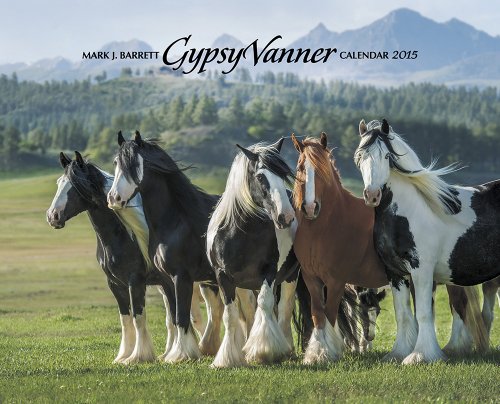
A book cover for Gypsy Vanner Horse 2015 Wall Calendar; Willow Creek Press; Calendars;